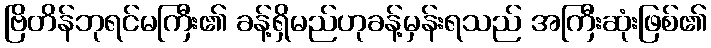
ဗြိတိန်ဘုရင်မကြီး၏ ခန့်ရှိမည်ဟုခန့်မှန်းရသည် အကြီးဆုံးဖြစ်၏